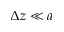
\Delta z \ll a